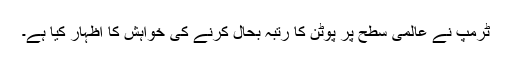
ٹرمپ نے عالمی سطح پر پوٹن کا رتبہ بحال کرنے کی خواہش کا اظہار کیا ہے۔